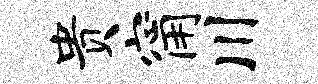
贵甯川